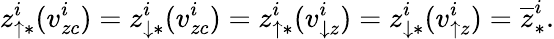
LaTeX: z_{\uparrow\ast}^{i}(v_{zc}^{i})=z_{\downarrow\ast}^{i}(v_{zc}^{i})=z_{\uparrow\ast}^{i}(v_{\downarrow z}^{i})=z_{\downarrow\ast}^{i}(v_{\uparrow z}^{i})=\overline{{z}}_{\ast}^{i}.